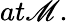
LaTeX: at\mathscr{M}.